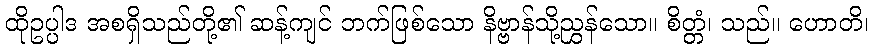
ထိုဥပ္ပါဒ အစရှိသည်တို့၏ ဆန့်ကျင် ဘက်ဖြစ်သော နိဗ္ဗာန်သို့ညွှန်သော။ စိတ္တံ၊ သည်။ ဟောတိ၊